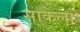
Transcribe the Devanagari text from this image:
साकेला